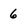
Character: 6